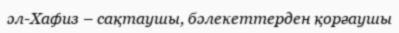
әл-Хафиз – сақтаушы, бәлекеттерден қорғаушы